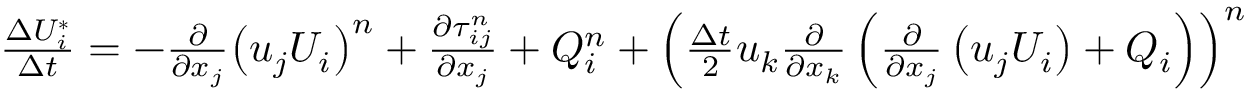
\begin{array} { r } { \frac { \Delta U _ { i } ^ { * } } { \Delta t } = - \frac { \partial } { \partial { { x } _ { j } } } { { \left( { { u } _ { j } } { { U } _ { i } } \right) } ^ { n } } + \frac { \partial \tau _ { i j } ^ { n } } { \partial { { x } _ { j } } } + Q _ { i } ^ { n } + { { \left( \frac { \Delta t } { 2 } { { u } _ { k } } \frac { \partial } { \partial { { x } _ { k } } } \left( \frac { \partial } { \partial { { x } _ { j } } } \left( { { u } _ { j } } { { U } _ { i } } \right) + { { Q } _ { i } } \right) \right) } ^ { n } } } \end{array}